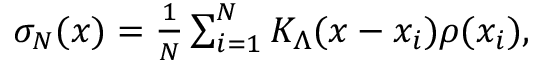
\begin{array} { r } { \sigma _ { N } ( x ) = \frac { 1 } { N } \sum _ { i = 1 } ^ { N } K _ { \Lambda } ( x - x _ { i } ) \rho ( x _ { i } ) , } \end{array}